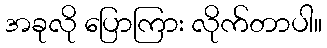
အခုလို ပြောကြား လိုက်တာပါ။